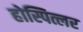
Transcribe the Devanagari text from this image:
होस्पित्लर